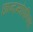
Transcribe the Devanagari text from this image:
छान्दग्योपनिषद